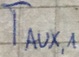
Text: TAUX,1